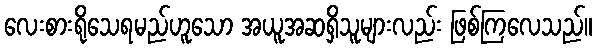
လေးစားရိုသေရမည်ဟူသော အယူအဆရှိသူများလည်း ဖြစ်ကြလေသည်။